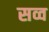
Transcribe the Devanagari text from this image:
सव्व